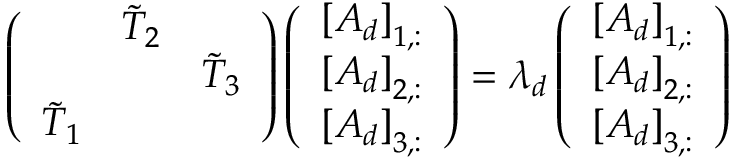
\left( \begin{array} { l l l } & { \tilde { T } _ { 2 } } & \\ & & { \tilde { T } _ { 3 } } \\ { \tilde { T } _ { 1 } } & & \end{array} \right) \left( \begin{array} { l } { \left[ A _ { d } \right] _ { 1 , : } } \\ { \left[ A _ { d } \right] _ { 2 , : } } \\ { \left[ A _ { d } \right] _ { 3 , : } } \end{array} \right) = \lambda _ { d } \left( \begin{array} { l } { \left[ A _ { d } \right] _ { 1 , : } } \\ { \left[ A _ { d } \right] _ { 2 , : } } \\ { \left[ A _ { d } \right] _ { 3 , : } } \end{array} \right)